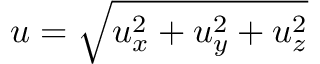
u = \sqrt { u _ { x } ^ { 2 } + u _ { y } ^ { 2 } + u _ { z } ^ { 2 } }